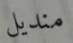
منديل